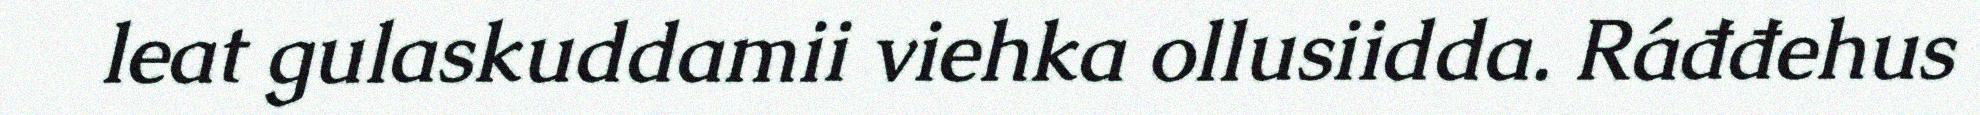
leat gulaskuddamii viehka ollusiidda. Ráđđehus